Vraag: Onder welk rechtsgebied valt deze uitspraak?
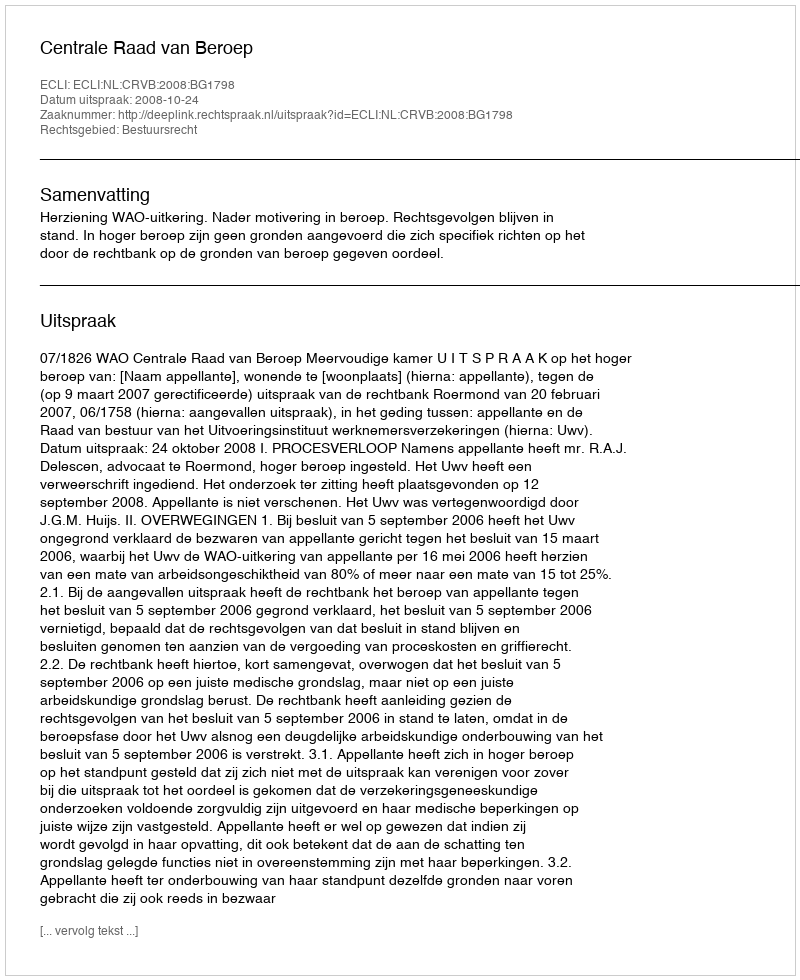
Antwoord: Bestuursrecht